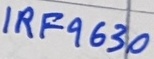
Text: IRF9630